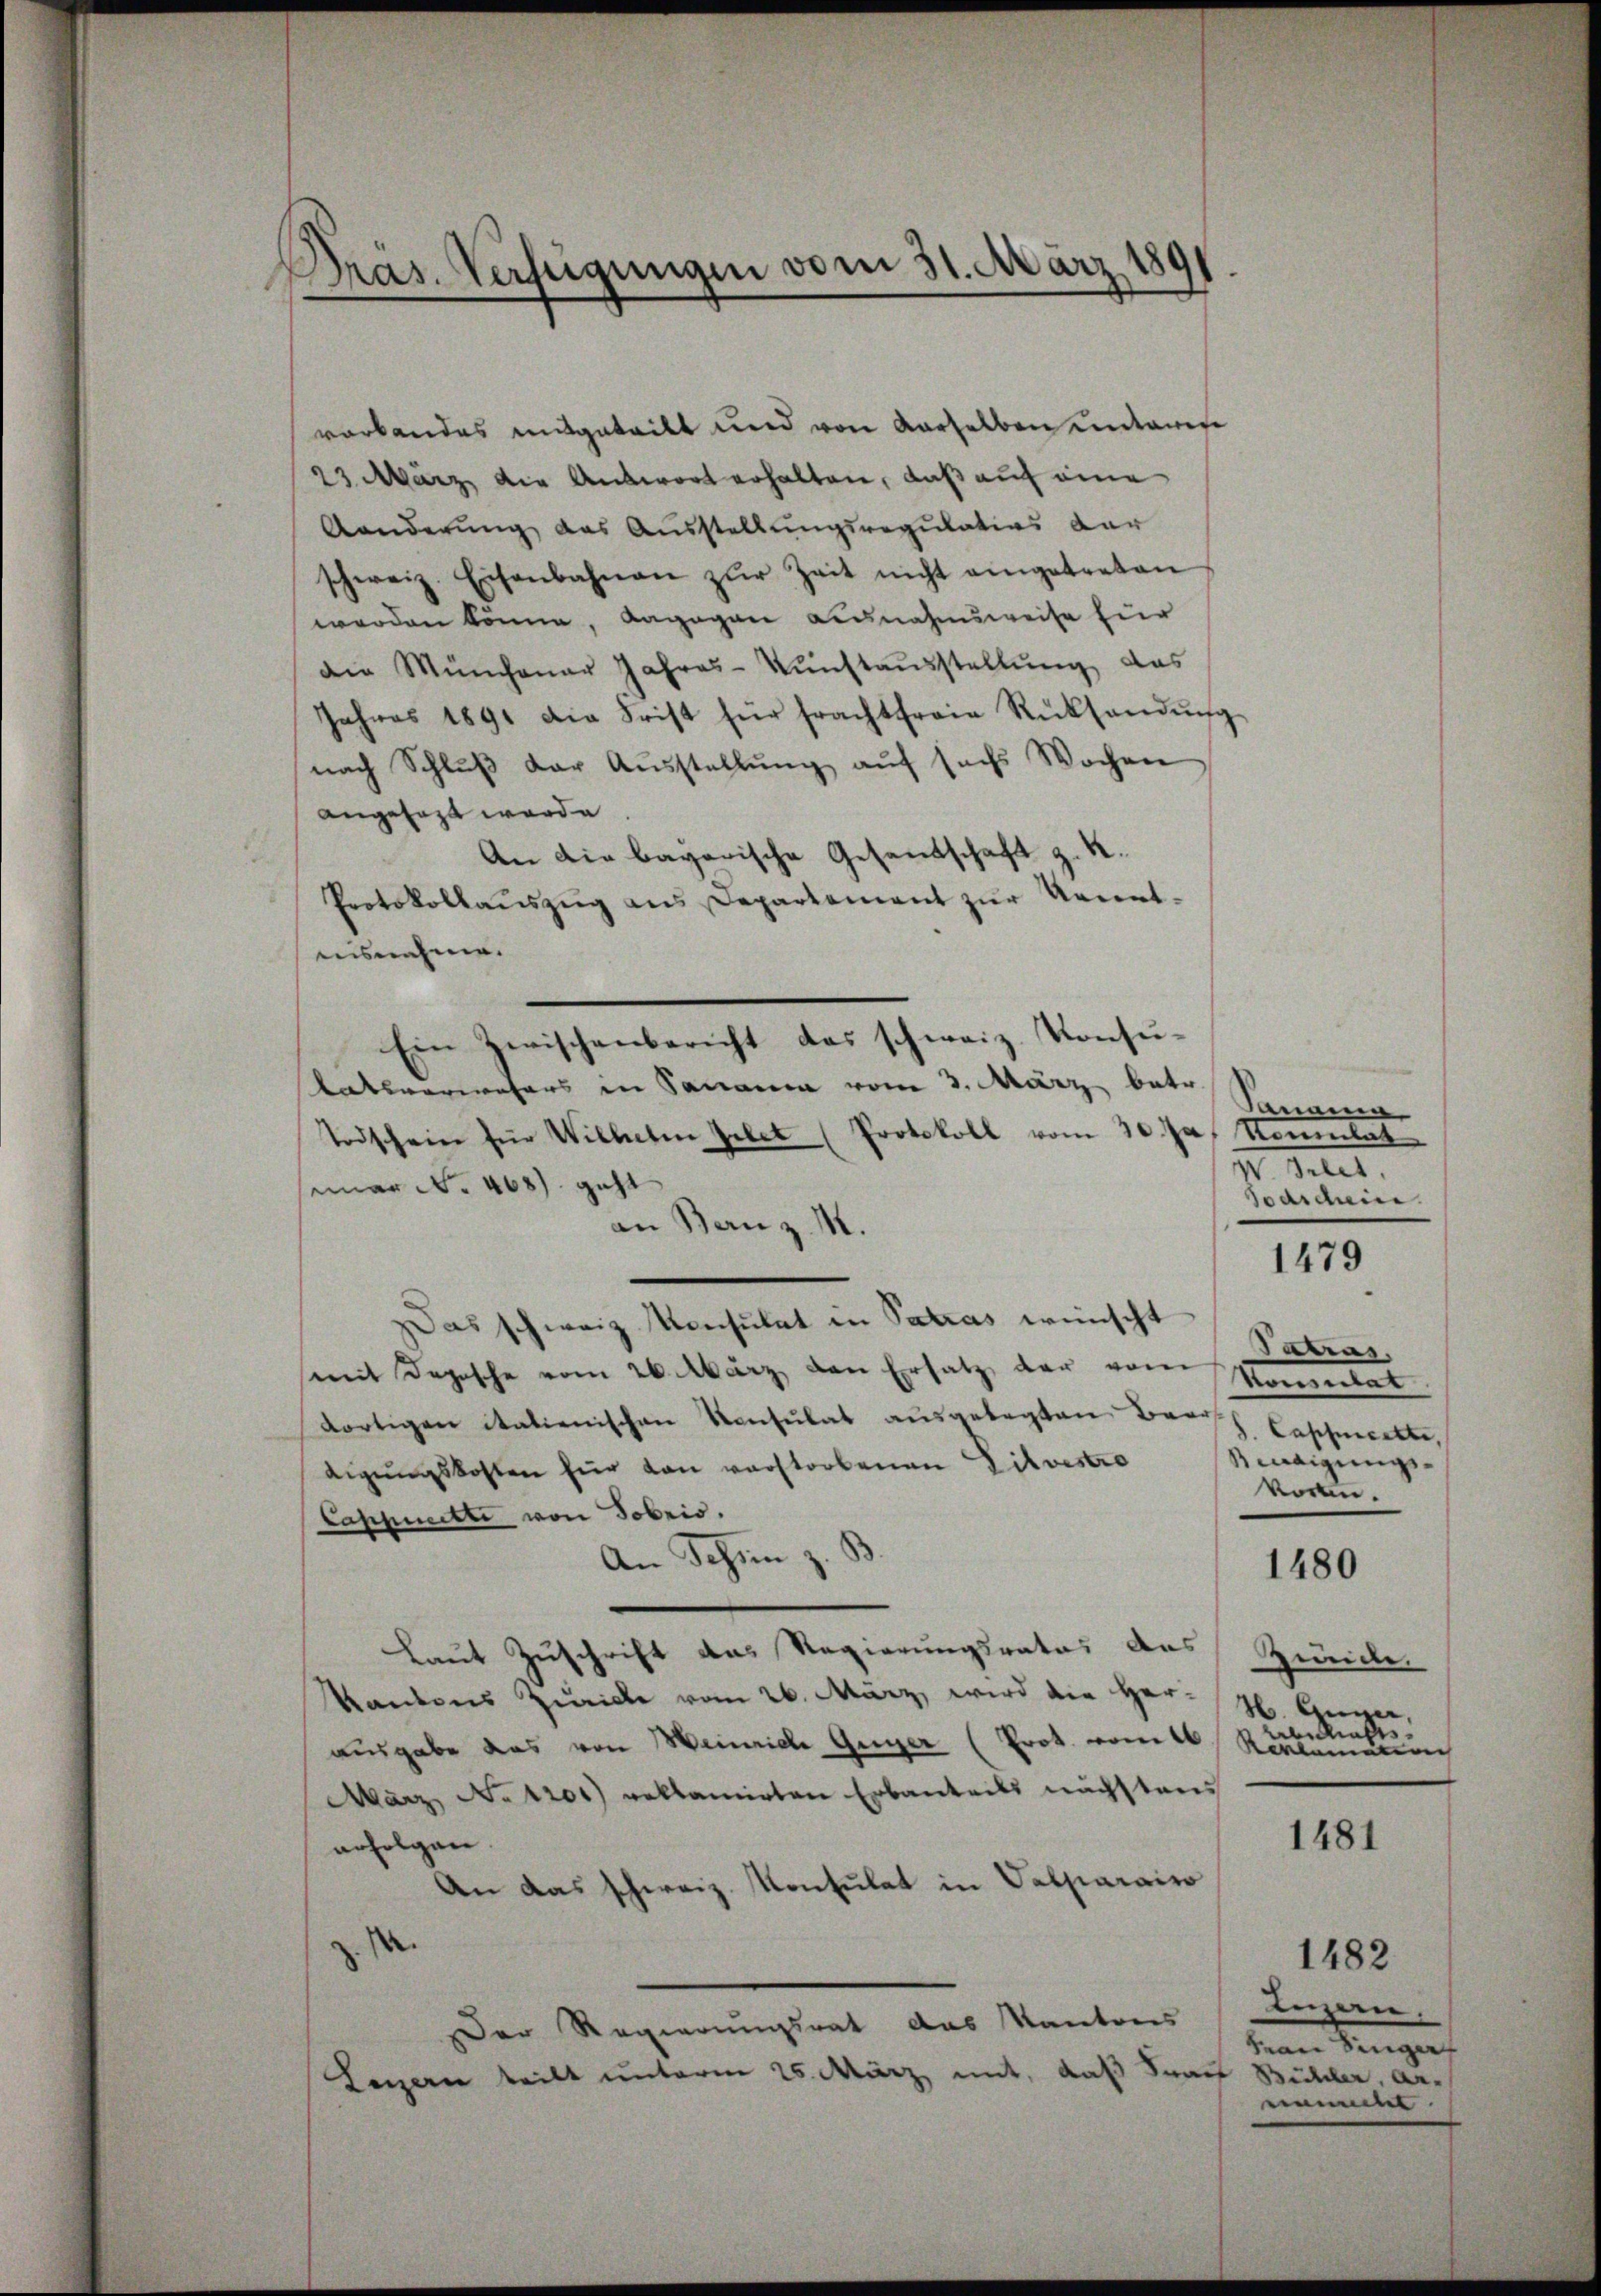
Pras. Verfeigungen vom 31. März 180

verbandes mitgeteilt und von derselben unteres
23. März die Antwort erhalten, daß auf eine
Aanderung das Ausstellungsregulatios dar
schweiz. Eisenbahnen zŭr Zeit nicht eingetreten
werden könne, dagegen Ausnahmsweise für
die Münchenar Jahres-Kunstausstellung das
Jahres 1891 die Frist für fracht freie Rücksendŭng
nach Schlŭβ der Aŭsstellŭng aŭf sechs Wochen
angesagt werde
An die bayerische Gesandschaft z. K.
Protokollaŭszŭg ans Departement zŭr Kennt-
aisnahme.
Ein Zwischenbericht das schweiz. Konsukatsverwesers in Sananen vom 3. März betr.
Todschein für Willeten Gebet (Protokoll vom 30. Ja, Nonnulat
seiner No. 468) geht
an Banz. M.
Das schweiz. Konsulat in Patras wünscht
Tatras
mit Depesche vom 26. März den Ersatz der von Momentat
dortigen italienischen Konsulat aŭsgelegten Brauh beschmeckte,
Bindigungsdigŭngskosten für von verstorbenen Lilvestro
vorben.
Cappinetti von Tobris.
An Schin z. B
1480
Laut Zuschrift das Regierungsrates des Zunde
kantons Zuricke vom 26. März, wird die Her¬
2. Gegen,
Absichts
ausgabe das von Weinriche Guger (Prot. vom als Reklamatisc
März No 1200) reklamirten Erbanteils nächstens
1481
erfolgen.
An das schweiz. Konsulat in Valparaiso
.
1482
Inzan
Der Regierungsrat das Kantons
denen Singen
Legern teilt unterm 25. März mit, daß Frau Bühler, Ar-
nmitt

Panama
I. Breit.
Todscheine

1479